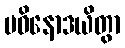
ပဝိနောဒယိတွာ